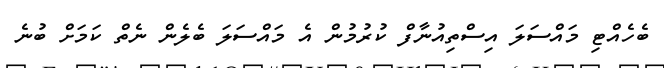
ބެހެއްޓި މަައްސަލަ އިސްތިއުނާފް ކުރުމުން އެ މައްސަލަ ބެލެން ނެތް ކަަމަށް ބުނެ